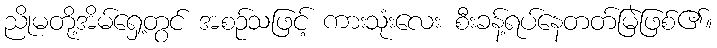
ညိုမတို့အိမ်ရှေ့တွင် အစဉ်သဖြင့် ကားသုံးလေး စီးခန့်ရပ်နေတတ်မြဲဖြစ်၏။